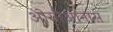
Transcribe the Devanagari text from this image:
ओसीआनास